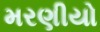
મરણીયો